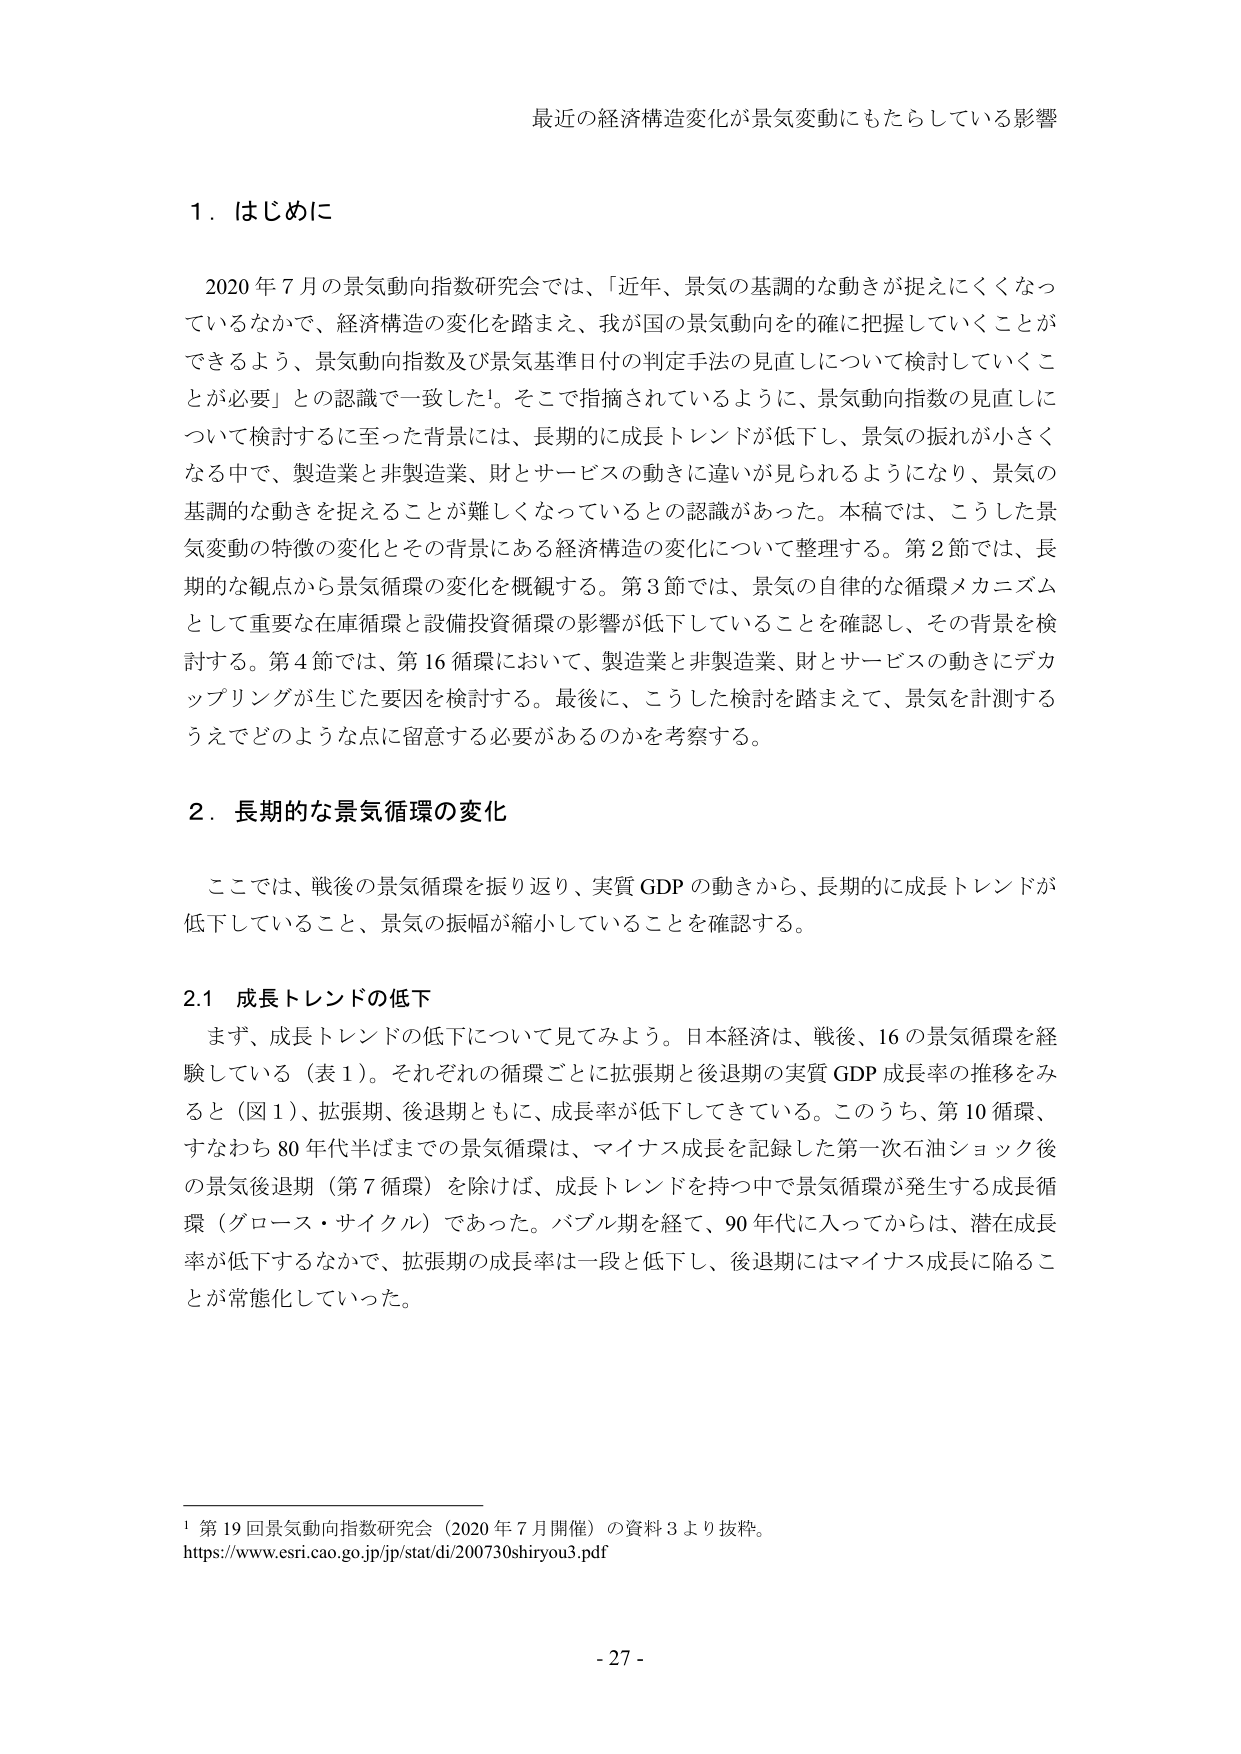
最近の経済構造変化が景気変動にもたらしている影響

1．はじめに

2020年7月の景気動向指数研究会では、「近年、景気の基調的な動きが捉えにくくなっているなかで、経済構造の変化を踏まえ、我が国の景気動向を的確に把握していくことができるよう、景気動向指数及び景気基準日付の判定手法の見直しについて検討していくことが必要」との認識で一致した¹。そこで指摘されているように、景気動向指数の見直しについて検討するに至った背景には、長期的に成長トレンドが低下し、景気の振れが小さくなる中で、製造業と非製造業、財とサービスの動きに違いが見られるようになり、景気の基調的な動きを捉えることが難しくなっているとの認識があった。本稿では、こうした景気変動の特徴の変化とその背景にある経済構造の変化について整理する。第2節では、長期的な観点から景気循環の変化を概観する。第3節では、景気の自律的な循環メカニズムとして重要な在庫循環と設備投資循環の影響が低下していることを確認し、その背景を検討する。第4節では、第16循環において、製造業と非製造業、財とサービスの動きにデカップリングが生じた要因を検討する。最後に、こうした検討を踏まえて、景気を計測するうえでどのような点に留意する必要があるのかを考察する。

2．長期的な景気循環の変化

ここでは、戦後の景気循環を振り返り、実質GDPの動きから、長期的に成長トレンドが低下していること、景気の振幅が縮小していることを確認する。

2.1 成長トレンドの低下

まず、成長トレンドの低下について見てみよう。日本経済は、戦後、16の景気循環を経験している（表1）。それぞれの循環ごとに拡張期と後退期の実質GDP成長率の推移をみると（図1）、拡張期、後退期ともに、成長率が低下してきている。このうち、第10循環、すなわち80年代半ばまでの景気循環は、マイナス成長を記録した第一次石油ショック後の景気後退期（第7循環）を除けば、成長トレンドを持つ中で景気循環が発生する成長循環（グロース・サイクル）であった。バブル期を経て、90年代に入ってからは、潜在成長率が低下するなかで、拡張期の成長率は一段と低下し、後退期にはマイナス成長に陥ることが常態化していった。

¹ 第19回景気動向指数研究会（2020年7月開催）の資料3より抜粋。
https://www.esri.cao.go.jp/jp/stat/di/200730shiryou3.pdf

- 27 -